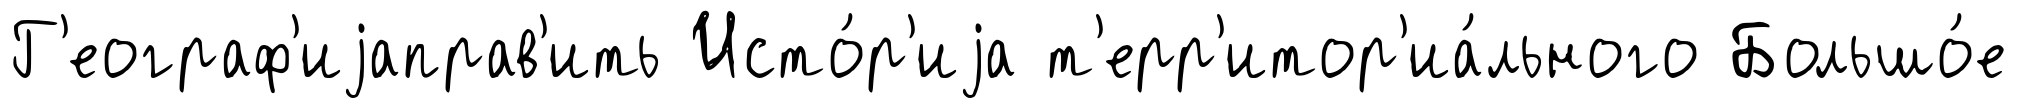
Г'еограф'иjаправ'ить Исто́р'иjа т'ерр'итор'иа́льного Большо́е